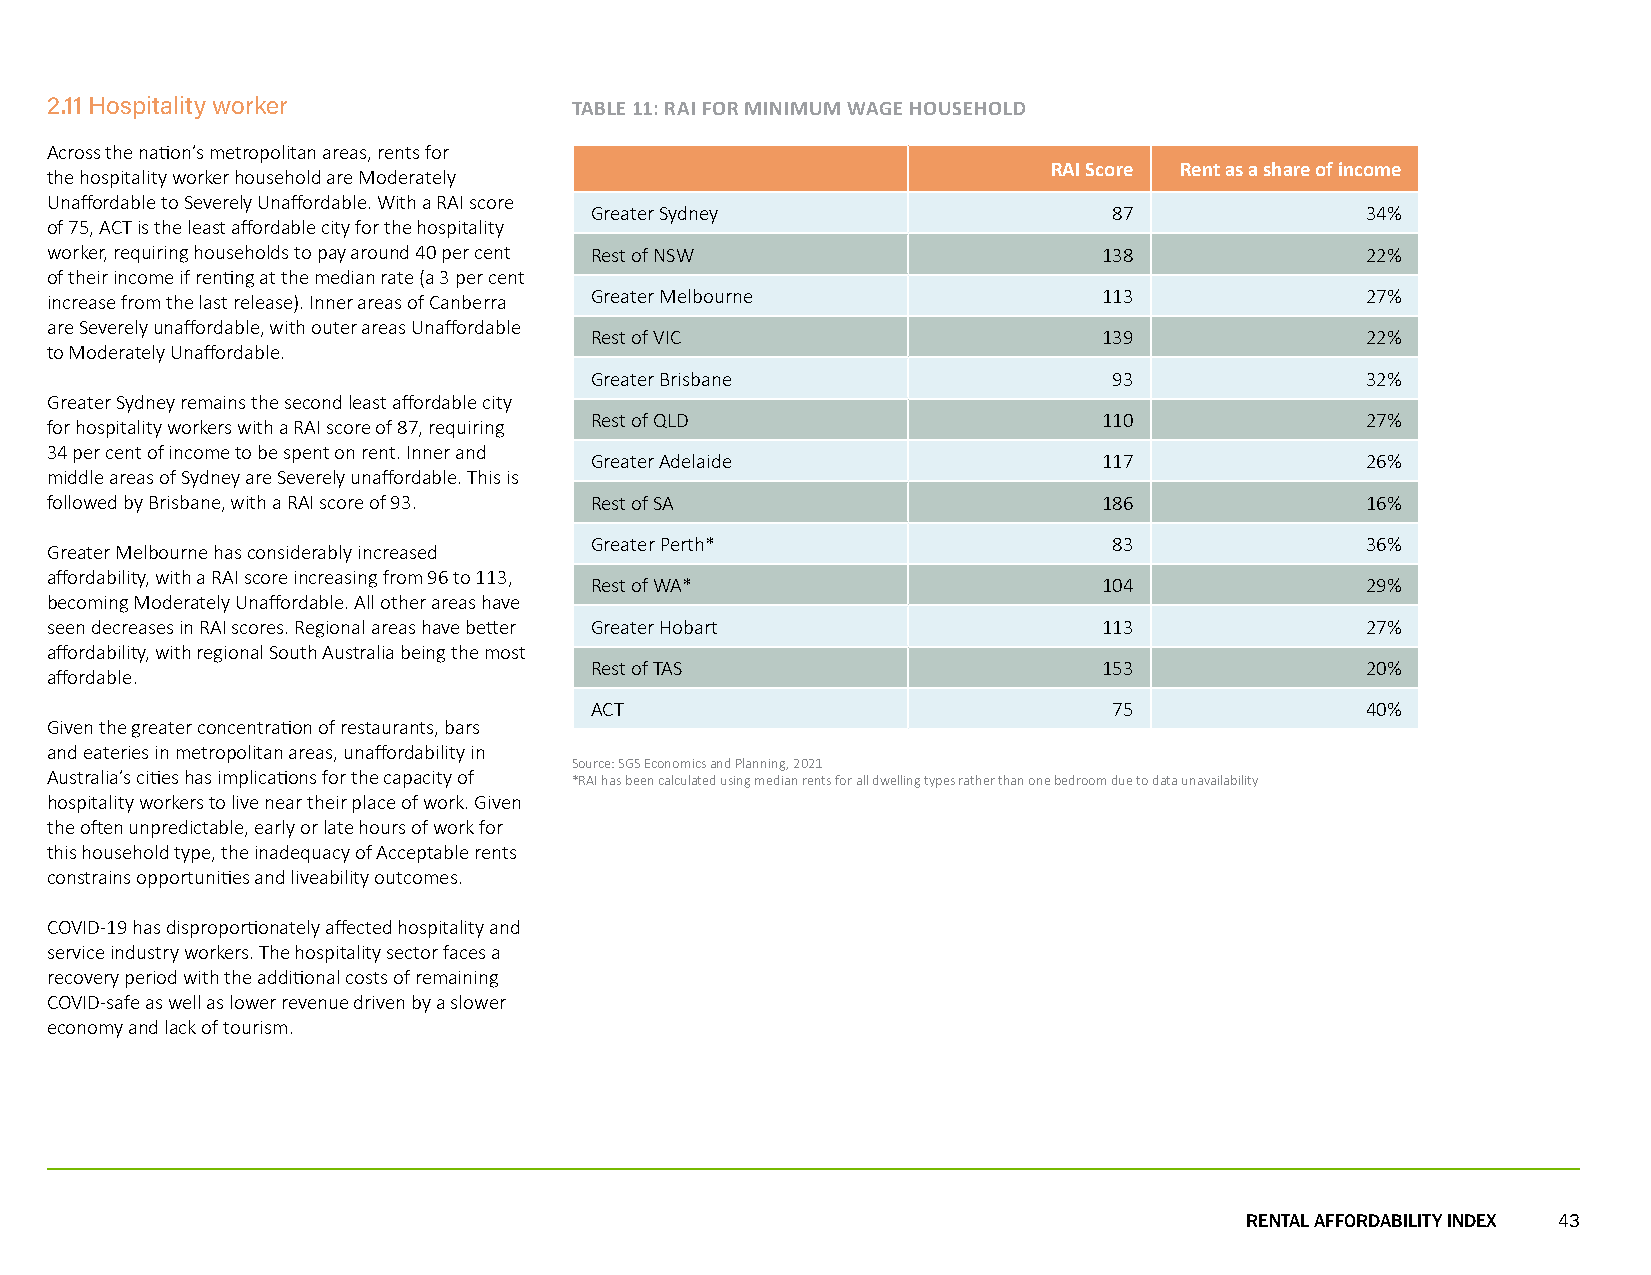
2.11 Hospitality worker            TABLE 11: RAI FOR MINIMUM WAGE HOUSEHOLD
 Across the nation’s metropolitan areas, rents for
 the hospitality worker household are Moderately                    RAI Score Rent as a share of income
 Unaffordable to Severely Unaffordable. With a RAI score
 Greater Sydney                     87              34%
 of 75, ACT is the least affordable city for the hospitality
 worker, requiring households to pay around 40 per cent Rest of NSW    138              22%
 of their income if renting at the median rate (a 3 per cent
 increase from the last release). Inner areas of Canberra Greater Melbourne 113         27%
 are Severely unaffordable, with outer areas Unaffordable
 Rest of VIC                       139              22%
 to Moderately Unaffordable.
 Greater Brisbane                   93              32%
 Greater Sydney remains the second least affordable city
 Rest of QLD                       110              27%
 for hospitality workers with a RAI score of 87, requiring
 34 per cent of income to be spent on rent. Inner and
 Greater Adelaide                  117              26%
 middle areas of Sydney are Severely unaffordable. This is
 followed by Brisbane, with a RAI score of 93. Rest of SA              186              16%
 Greater Perth*                     83              36%
 Greater Melbourne has considerably increased
 affordability, with a RAI score increasing from 96 to 113,
 Rest of WA*                       104              29%
 becoming Moderately Unaffordable. All other areas have
 seen decreases in RAI scores. Regional areas have better Greater Hobart 113            27%
 affordability, with regional South Australia being the most
 Rest of TAS                       153              20%
 affordable.
 ACT                                75              40%
 Given the greater concentration of restaurants, bars
 and eateries in metropolitan areas, unaffordability in
 Source: SGS Economics and Planning, 2021
 Australia’s cities has implications for the capacity of *RAI has been calculated using median rents for all dwelling types rather than one bedroom due to data unavailability
 hospitality workers to live near their place of work. Given
 the often unpredictable, early or late hours of work for
 this household type, the inadequacy of Acceptable rents
 constrains opportunities and liveability outcomes.
 COVID-19 has disproportionately affected hospitality and
 service industry workers. The hospitality sector faces a
 recovery period with the additional costs of remaining
 COVID-safe as well as lower revenue driven by a slower
 economy and lack of tourism.
 RENTAL AFFORDABILITY INDEX 43